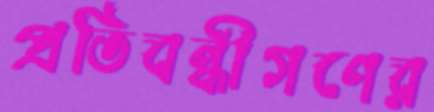
প্রতিবন্ধীগণের